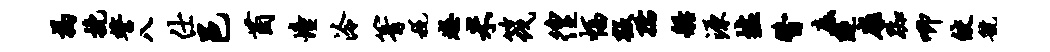
揭挽誓八仕邑茵憧泠箐税怒米筏徨幅叛孺船源墟瞥底隧扉踟唧皎虢